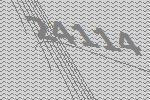
24114